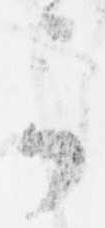
可